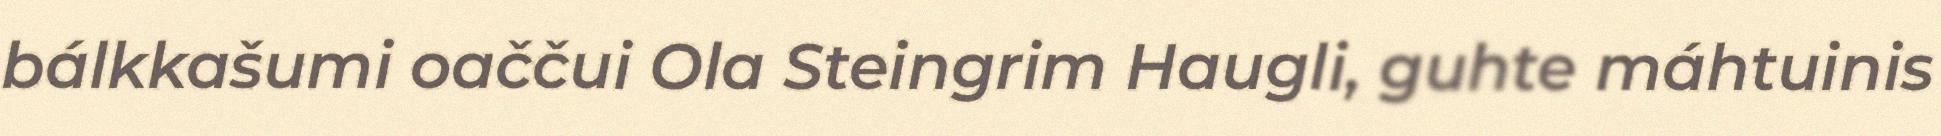
bálkkašumi oaččui Ola Steingrim Haugli, guhte máhtuinis